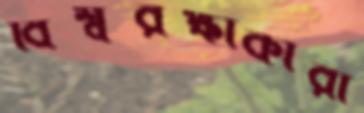
বিশ্বরক্ষাকারী